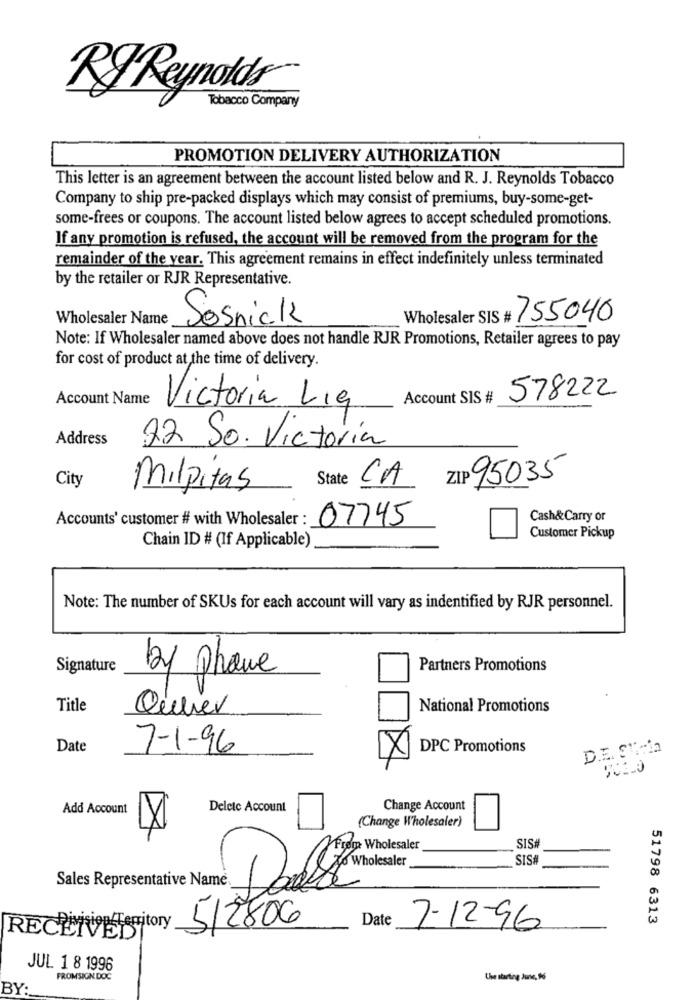
Tobacco Company
RJ Reynolds
PROMOTION DELIVERY AUTHORIZATION
This letter is an agreement between the account listed below and R. J. Reynolds Tobacco
Company to ship pre-packed displays which may consist of premiums, buy-some-get-
some-frees or coupons. The account listed below agrees to accept scheduled promotions.
If any promotion is refused, the account will be removed from the program for the
remainder of the year. This agreement remains in effect indefinitely unless terminated
by the retailer or RJR Representative.
Wholesaler Name
Sosnick
755040
Note: If Wholesaler named above does not handle RJR Promotions, Retailer agrees to pay
for cost of product at the time of delivery.
Account Name
Account SIS #
578222
Victoria Lig
Address
22 So. Victoria
City
State CA
ZIP 95035
Milpitas
Accounts' customer # with Wholesaler :
07745
Cash&Carry or
Customer Pickup
Chain ID # (If Applicable)
Note: The number of SKUs for each account will vary as indentified by RJR personnel.
Signature
by phone
Partners Promotions
Title
Querer
National Promotions
Date
7-1-96
DPC Promotions
D.E. SViria
Add Account
Deletc Account
Change Account
(Change Wholesaler)
From Wholesaler
SIS#
SIS
Sales Representative Name
512806
Date
51798 6313
RECETOR Territory
7-12-96
JUL 1 8 1996
FROMSIGN DOC
the starting Juve, 96
BY: